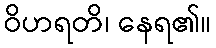
ဝိဟရတိ၊ နေရ၏။